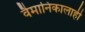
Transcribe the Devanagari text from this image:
वैमानिकालाही